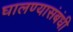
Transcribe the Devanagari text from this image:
घालण्यासंबंधी